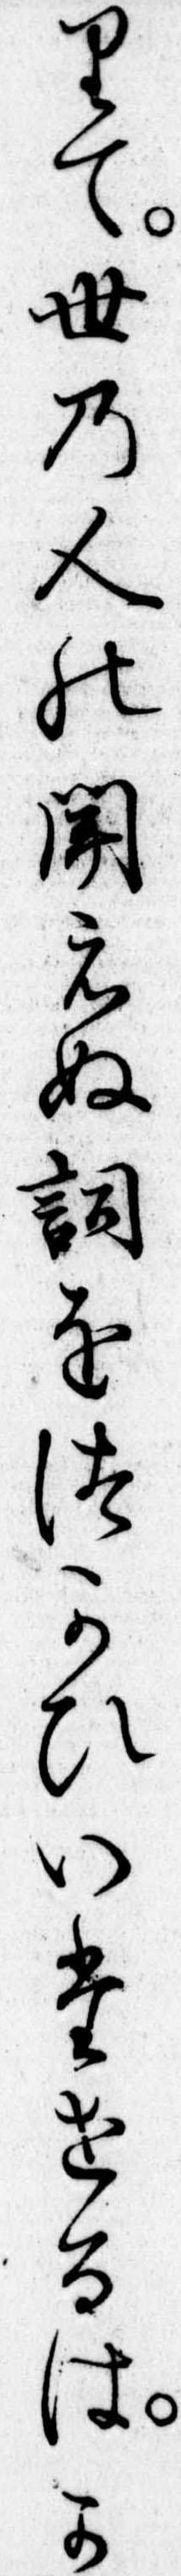
りて世の人の聞えぬ詞をつかひいたせるはか